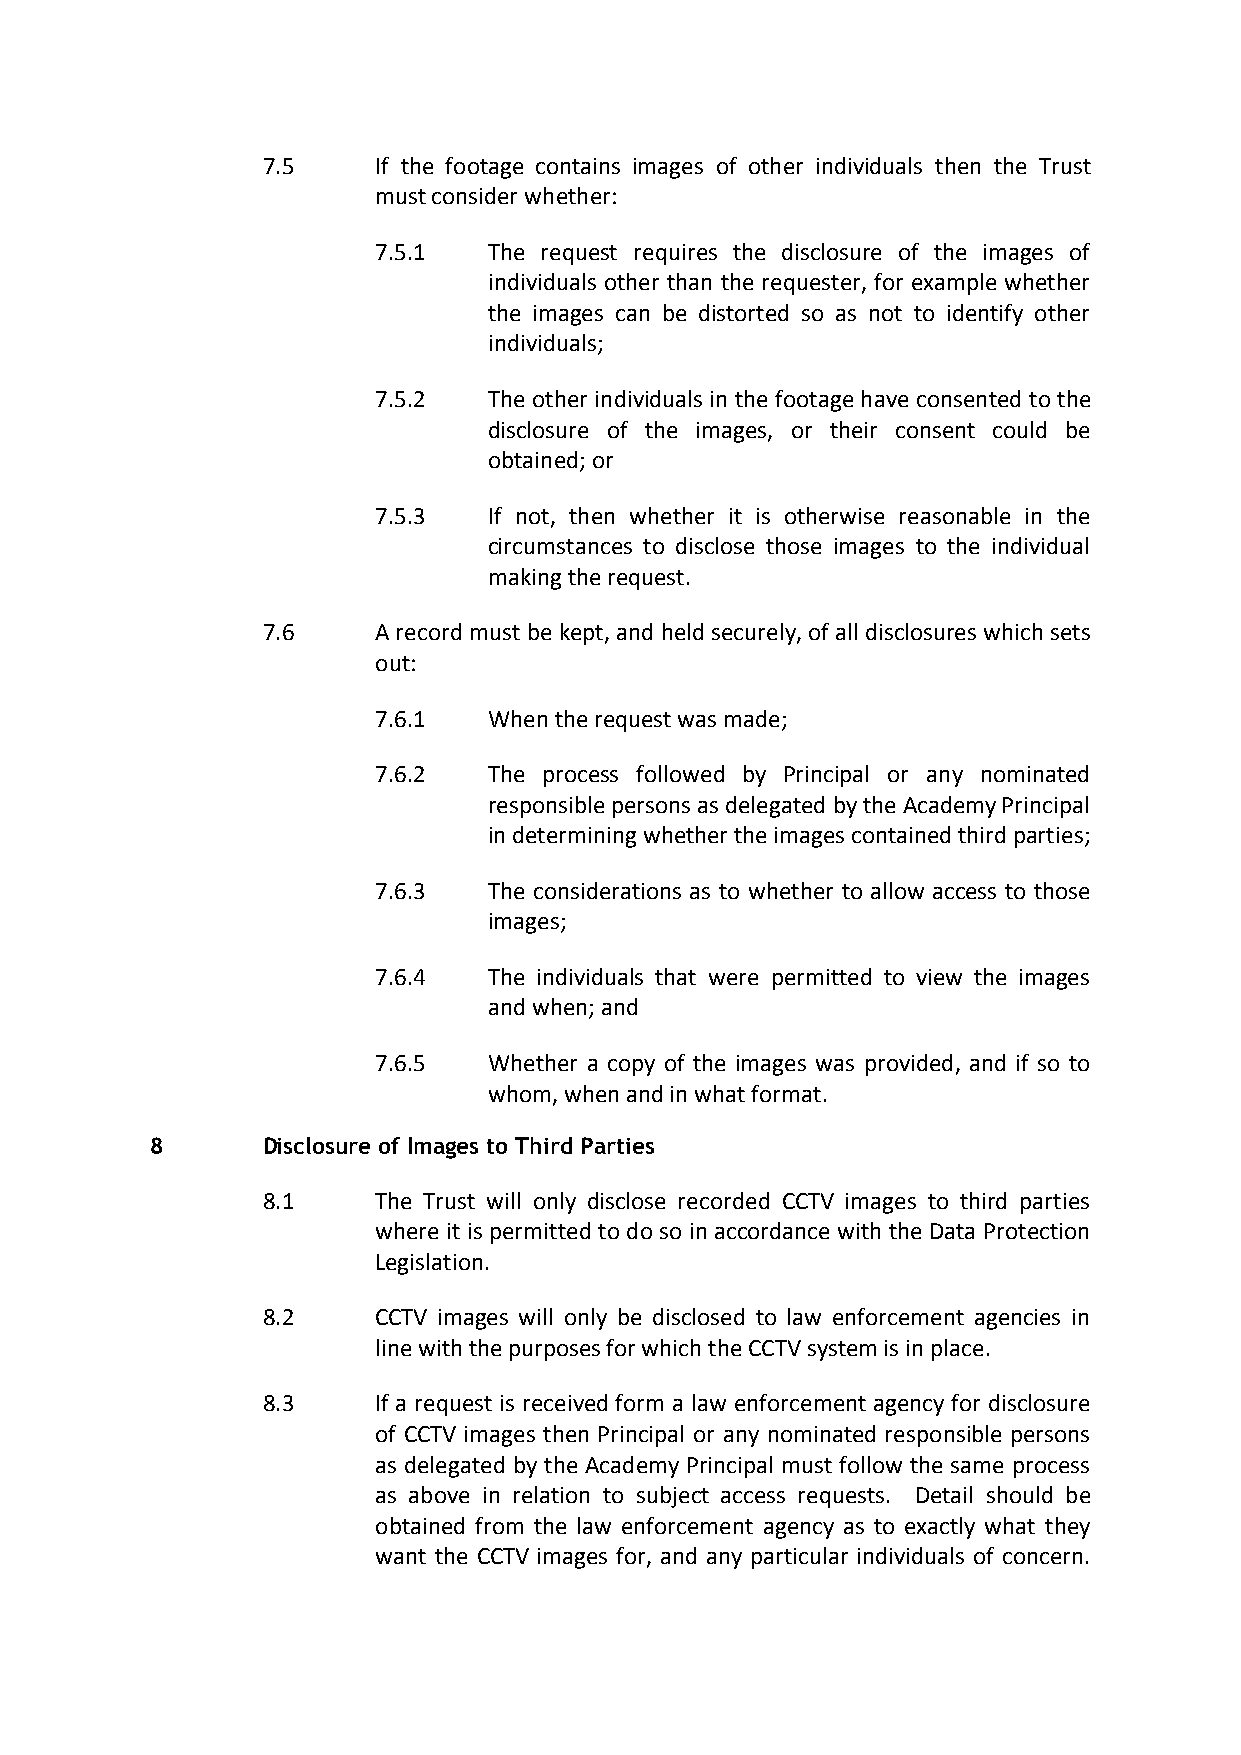
7.5     If the footage contains images of other individuals then the Trust
 must consider whether:
 7.5.1  The request requires the disclosure of the images of
 individuals other than the requester, for example whether
 the images can be distorted so as not to identify other
 individuals;
 7.5.2  The other individuals in the footage have consented to the
 disclosure of the images, or their consent could be
 obtained; or
 7.5.3  If not, then whether it is otherwise reasonable in the
 circumstances to disclose those images to the individual
 making the request.
 7.6     A record must be kept, and held securely, of all disclosures which sets
 out:
 7.6.1  When the request was made;
 7.6.2  The process followed by Principal or any nominated
 responsible persons as delegated by the Academy Principal
 in determining whether the images contained third parties;
 7.6.3  The considerations as to whether to allow access to those
 images;
 7.6.4  The individuals that were permitted to view the images
 and when; and
 7.6.5  Whether a copy of the images was provided, and if so to
 whom, when and in what format.
 8      Disclosure of Images to Third Parties
 8.1     The Trust will only disclose recorded CCTV images to third parties
 where it is permitted to do so in accordance with the Data Protection
 Legislation.
 8.2     CCTV images will only be disclosed to law enforcement agencies in
 line with the purposes for which the CCTV system is in place.
 8.3     If a request is received form a law enforcement agency for disclosure
 of CCTV images then Principal or any nominated responsible persons
 as delegated by the Academy Principal must follow the same process
 as above in relation to subject access requests. Detail should be
 obtained from the law enforcement agency as to exactly what they
 want the CCTV images for, and any particular individuals of concern.